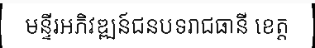
មន្ទីរអភិវឌ្ឍន៍ជនបទរាជធានី ខេត្ត